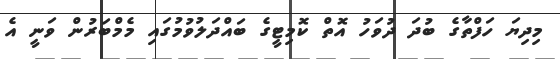
މިދިޔަ ހަފްތާގެ ބުދަ ދުވަހު އޮތް ކޮމިޓީގެ ބައްދަލުވުމުގައި މެމްބަރުން ވަނީ އެ